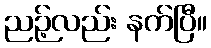
ညဉ့်လည်း နက်ပြီ။